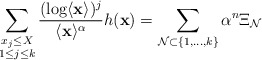
\begin{align*} \sum_{\substack{x_j \leq X\\ 1\le j \le k}} \frac{(\log\langle\mathbf{x}\rangle)^j }{\langle\mathbf{x}\rangle^{\alpha}}h(\mathbf{x}) = \sum_{{\cal N}\subset\{1,\dots,k\}} \alpha^n \Xi_{\cal N}\end{align*}